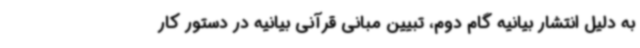
به دلیل انتشار بیانیه گام دوم، تبیین مبانی قرآنی بیانیه در دستور کار